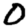
Digit: 0